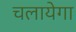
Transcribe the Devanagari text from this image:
चलायेगा